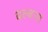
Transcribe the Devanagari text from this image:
बल्बना